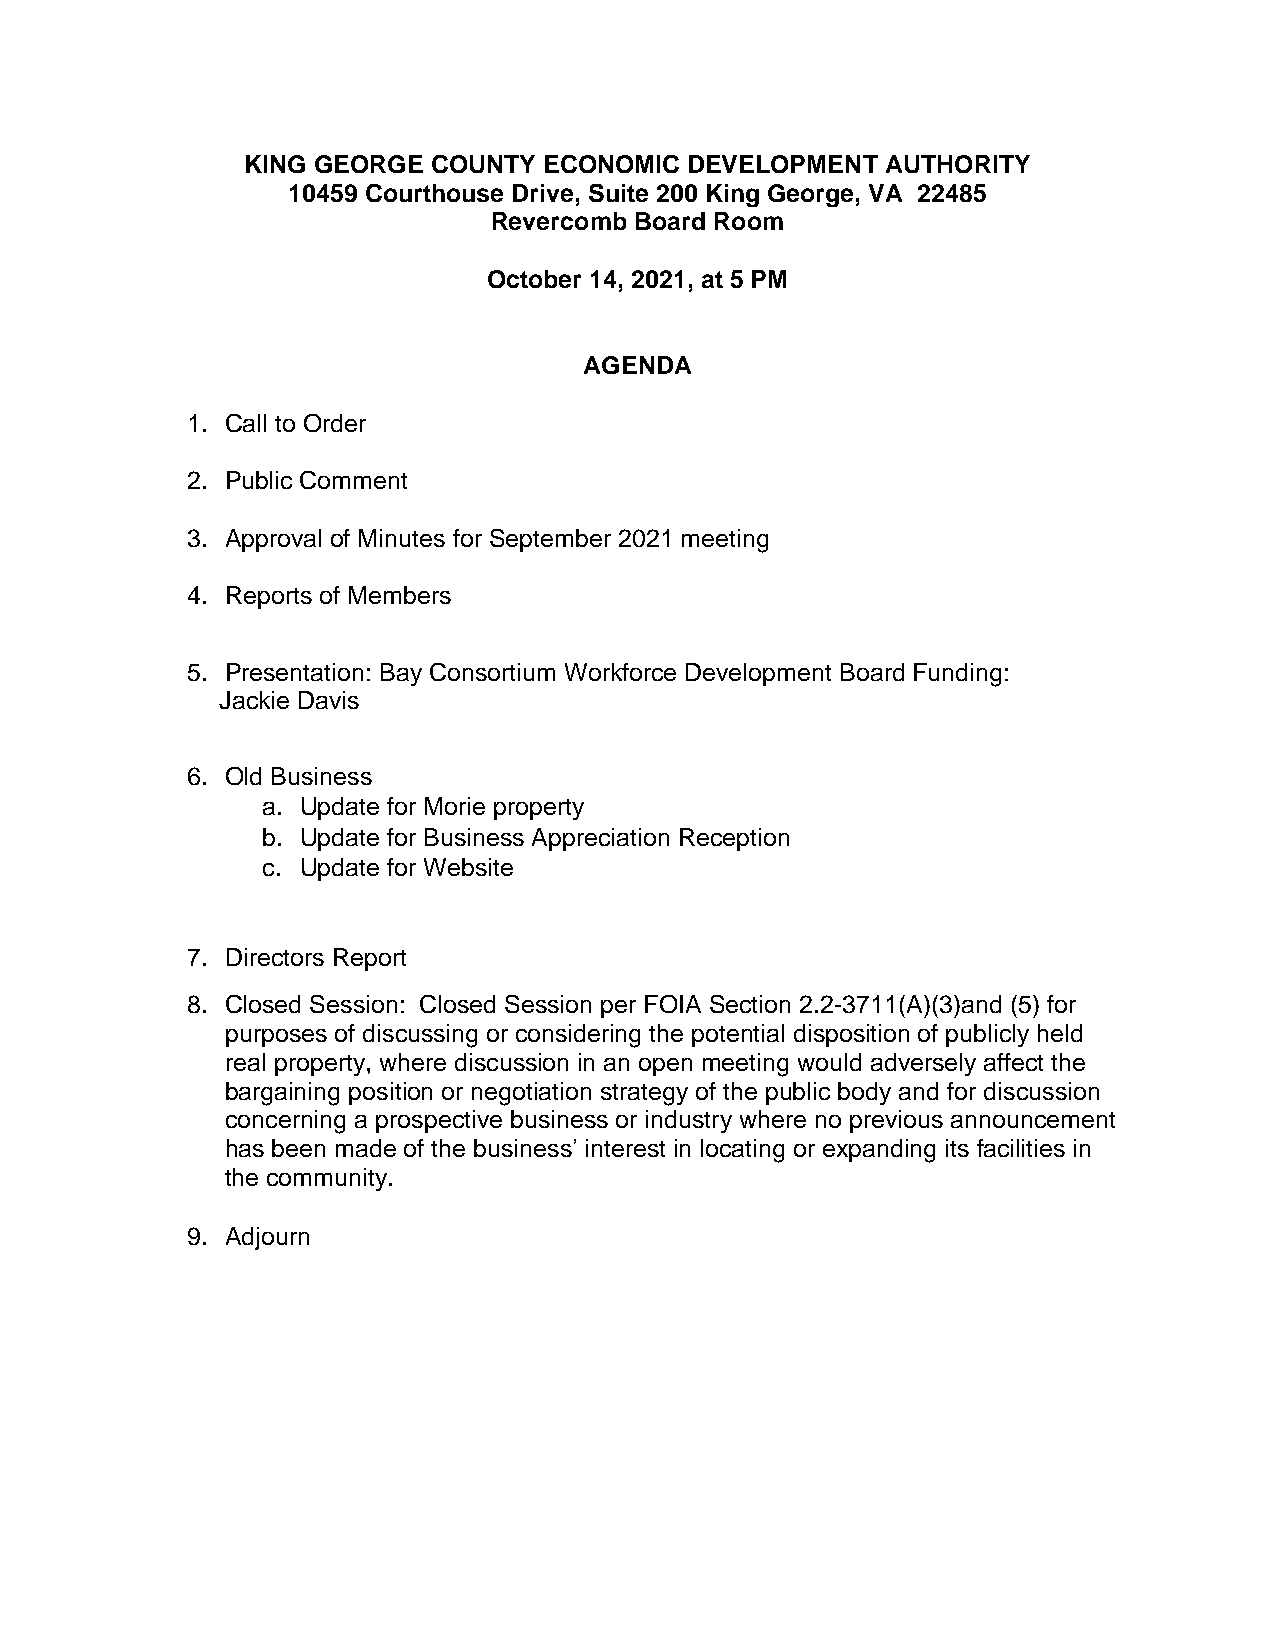
KING GEORGE  COUNTY ECONOMIC  DEVELOPMENT  AUTHORITY
 10459 Courthouse Drive, Suite 200 King George, VA 22485
 Revercomb Board Room
 October 14, 2021, at 5 PM
 AGENDA
 1. Call to Order
 2. Public Comment
 3. Approval of Minutes for September 2021 meeting
 4. Reports of Members
 5. Presentation: Bay Consortium Workforce Development Board Funding:
 Jackie Davis
 6. Old Business
 a. Update for Morie property
 b. Update for Business Appreciation Reception
 c. Update for Website
 7. Directors Report
 8. Closed Session: Closed Session per FOIA Section 2.2-3711(A)(3)and (5) for
 purposes of discussing or considering the potential disposition of publicly held
 real property, where discussion in an open meeting would adversely affect the
 bargaining position or negotiation strategy of the public body and for discussion
 concerning a prospective business or industry where no previous announcement
 has been made of the business’ interest in locating or expanding its facilities in
 the community.
 9. Adjourn